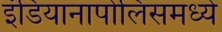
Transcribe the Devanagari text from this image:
इंडियानापोलिसमध्ये